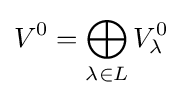
V^{0}=\bigoplus _{\lambda \in L}V_{\lambda }^{0}